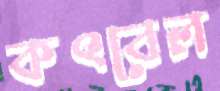
কৎবেল